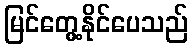
မြင်တွေ့နိုင်ပေသည်